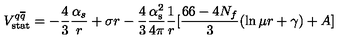
V _ { \mathrm { s t a t } } ^ { q \overline { { q } } } = - \frac { 4 } { 3 } \frac { { \alpha } _ { s } } { r } + \sigma r - { \frac { 4 } { 3 } } { \frac { \alpha _ { \mathrm { s } } ^ { 2 } } { 4 \pi } } { \frac { 1 } { r } } [ { \frac { 6 6 - 4 N _ { f } } { 3 } } ( \ln \mu r + \gamma ) + A ]